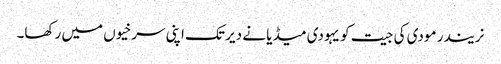
نریندر مودی کی جیت کو یہودی میڈیا نے دیر تک اپنی سرخیوں میں رکھا۔